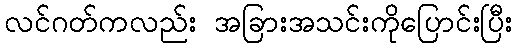
လင်ဂတ်ကလည်း အခြားအသင်းကိုပြောင်းပြီး